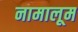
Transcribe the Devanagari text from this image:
नामालूम